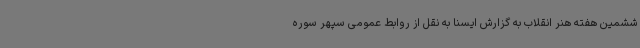
ششمین هفته هنر انقلاب به گزارش ایسنا به نقل از روابط عمومی سپهر سوره